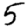
Digit: 5